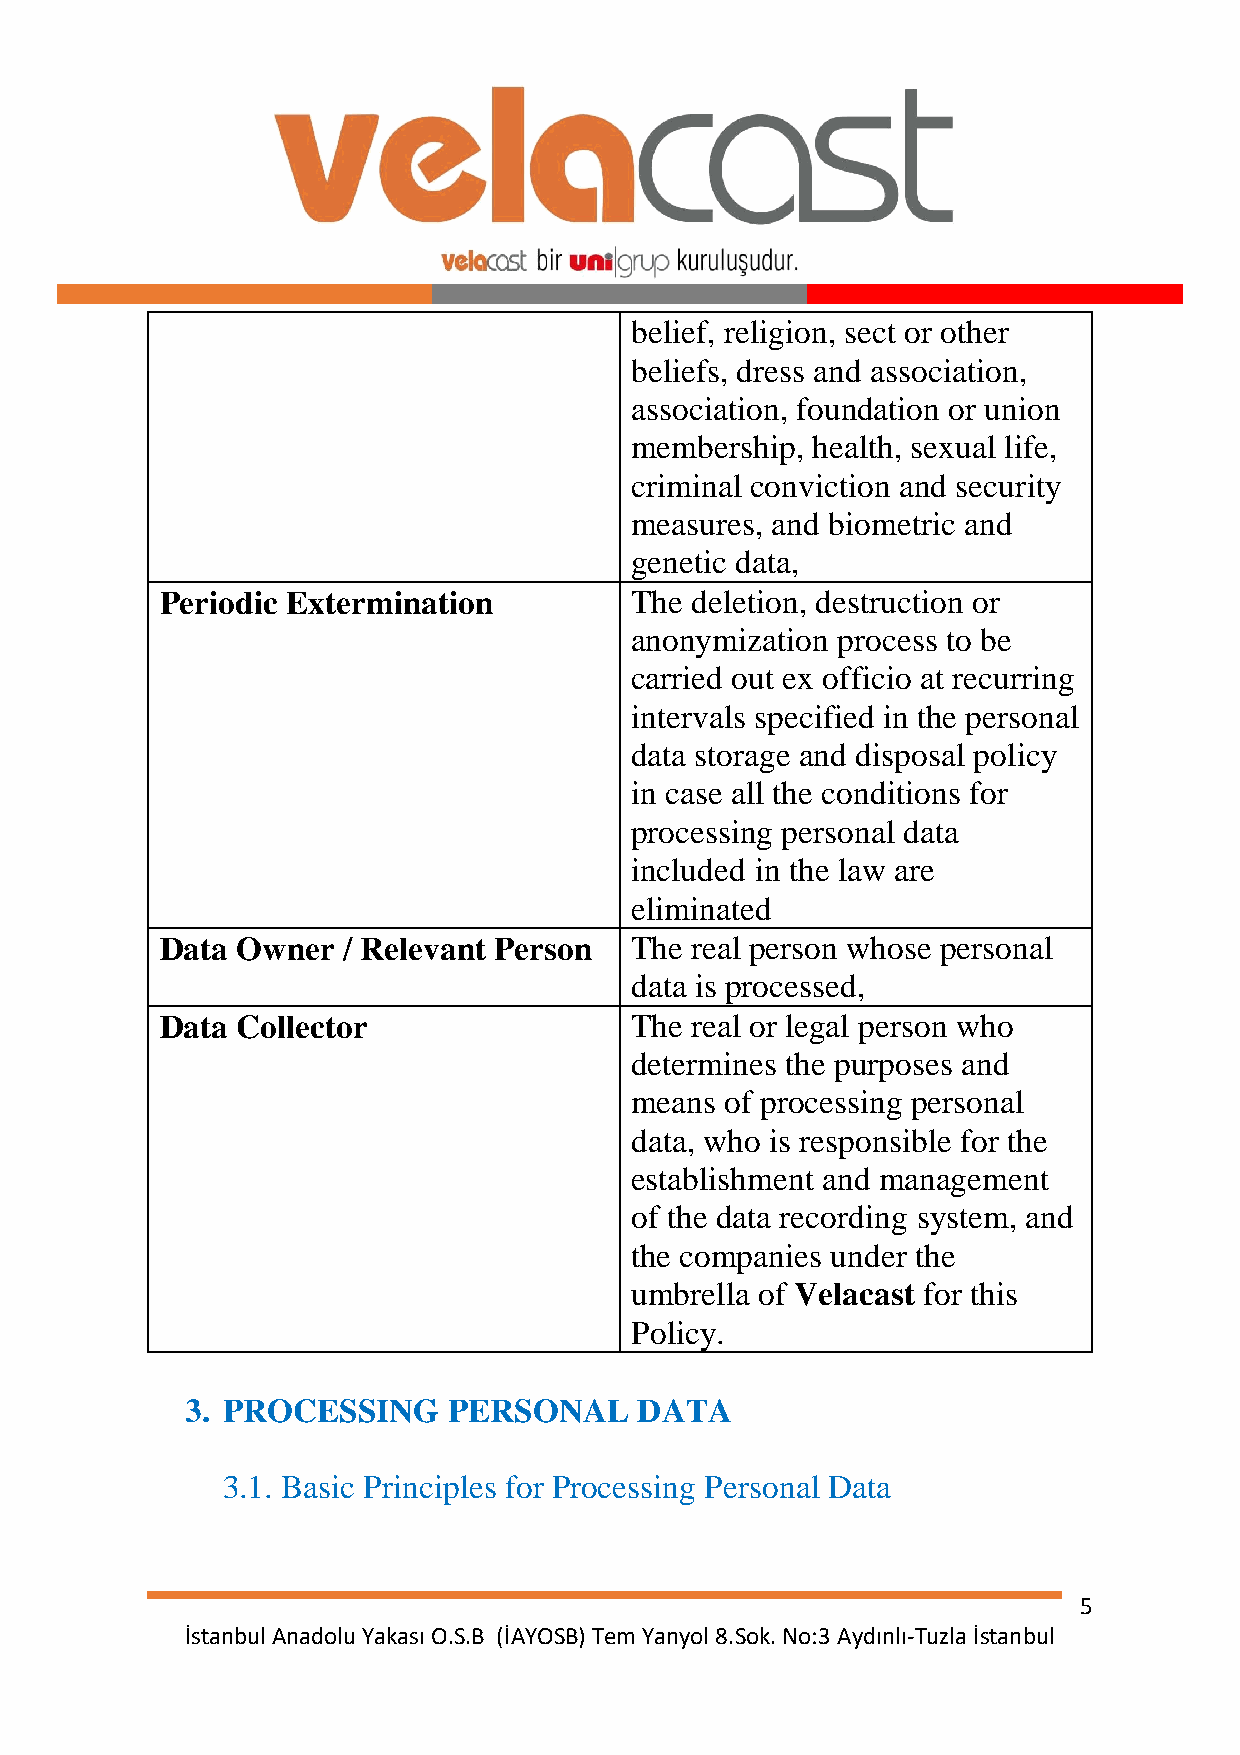
belief, religion, sect or other
 beliefs, dress and association,
 association, foundation or union
 membership, health, sexual life,
 criminal conviction and security
 measures, and biometric and
 genetic data,
 Periodic Extermination         The deletion, destruction or
 anonymization process to be
 carried out ex officio at recurring
 intervals specified in the personal
 data storage and disposal policy
 in case all the conditions for
 processing personal data
 included in the law are
 eliminated
 Data Owner  / Relevant Person  The real person whose personal
 data is processed,
 Data Collector                 The real or legal person who
 determines the purposes and
 means of processing personal
 data, who is responsible for the
 establishment and management
 of the data recording system, and
 the companies under the
 umbrella of Velacast for this
 Policy.
 3. PROCESSING     PERSONAL    DATA
 3.1. Basic Principles for Processing Personal Data
 5
 İstanbul Anadolu Yakası O.S.B (İAYOSB) Tem Yanyol 8.Sok. No:3 Aydınlı-Tuzla İstanbul